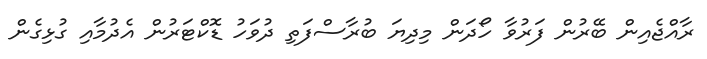
ރާއްޖެއިން ބޭރުން ފަރުވާ ހޯދަން މިދިޔަ ބުރާސްފަތި ދުވަހު ޑޮކްޓަރުން އެދުމާއި ގުޅިގެން